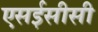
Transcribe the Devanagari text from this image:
एसईसीसी